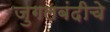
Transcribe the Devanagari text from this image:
जुगलबंदीचे